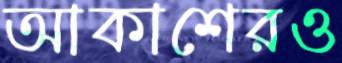
আকাশেরও